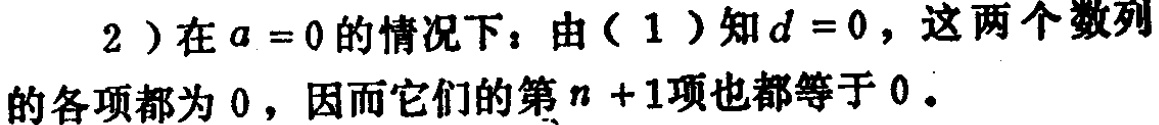
2）在\(a = 0\)的情况下：由（1）知\(d = 0\)，这两个数列的各项都为\(0\)，因而它们的第\(n + 1\)项也都等于\(0\)。